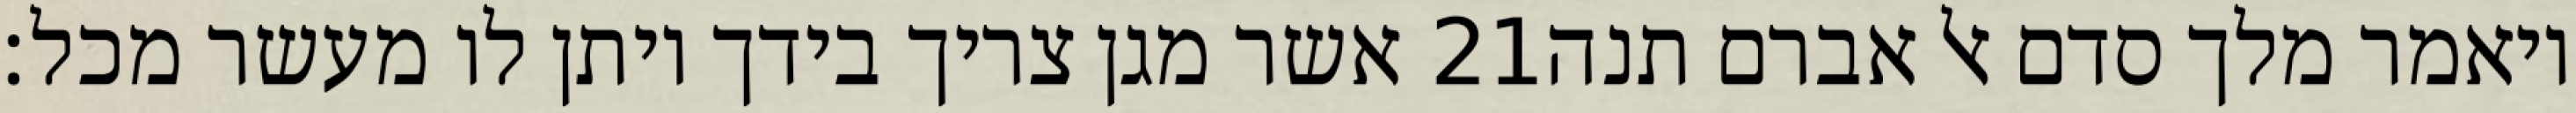
אשר מגן צריך בידך ויתן לו מעשר מכל׃ ‎21‏ ויאמר מלך סדם אל אברם תנה